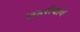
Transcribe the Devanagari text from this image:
लहरींचाच